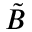
\tilde { B }